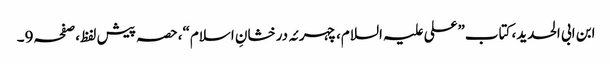
ابن ابی الحدید، کتاب”علی علیہ السلام،چہرئہ درخشانِ اسلام“،حصہ پیش لفظ،صفحہ9۔